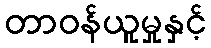
တာဝန်ယူမှုနှင့်